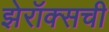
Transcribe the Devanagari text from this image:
झेरॉक्सची